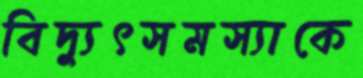
বিদ্যুৎসমস্যাকে